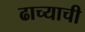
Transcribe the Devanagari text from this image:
ढाच्याची